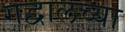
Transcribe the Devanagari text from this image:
गद्वालच्या